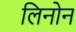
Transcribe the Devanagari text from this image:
लिनोन